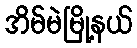
အိမ်မဲမြို့နယ်